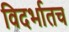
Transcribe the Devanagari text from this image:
विदर्भातच